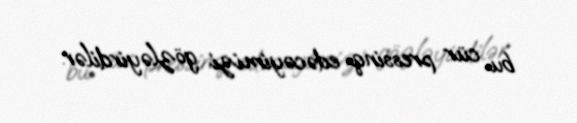
bu cür pressinq edəcəyimizi gözləyirdilər.